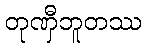
တုဏှီဘူတဿ